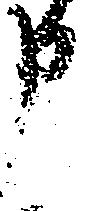
申